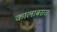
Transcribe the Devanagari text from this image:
कालाबसस